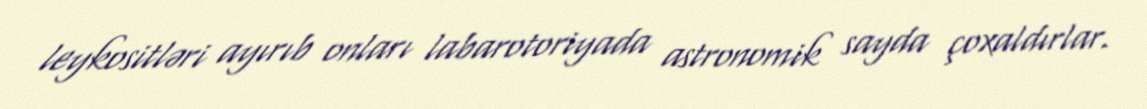
leykositləri ayırıb onları labarotoriyada astronomik sayda çoxaldırlar.